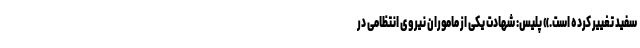
سفید تغییر کرده است.» پلیس: شهادت یکی از ماموران نیروی انتظامی در